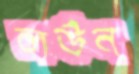
লউন